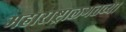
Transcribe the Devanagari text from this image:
महाराष्ट्रालगतच्या